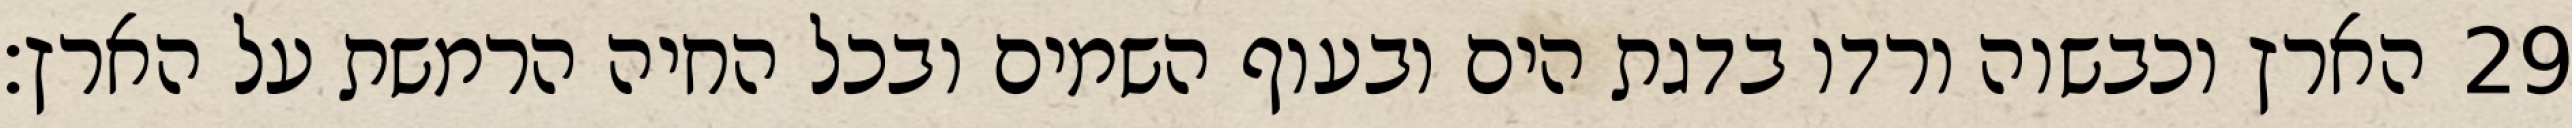
הארץ וכבשוה ורדו בדגת הים ובעוף השמים ובכל החיה הרמשת על הארץ׃ ‎29‏